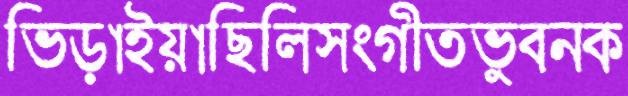
ভিড়াইয়াছিলিসংগীতভুবনক